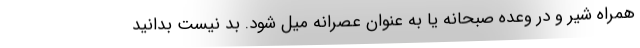
همراه شیر و در وعده صبحانه یا به عنوان عصرانه میل شود. بد نیست بدانید